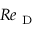
R e _ { \mathrm { ~ D ~ } }